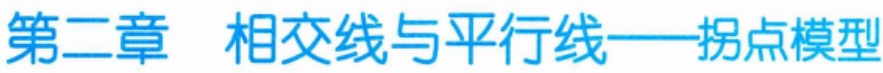
第二章 相交线与平行线——拐点模型